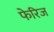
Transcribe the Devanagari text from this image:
फेरिज